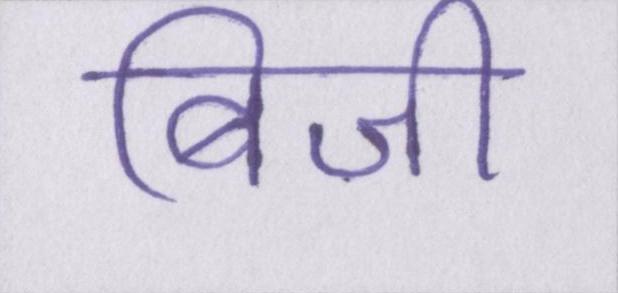
बिजी